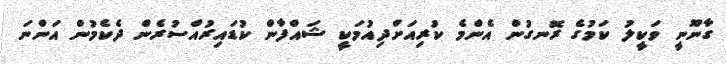
ގާނޫނީ ވަކީލު ކަމުގެ ރޮނގުން އެންމެ ކުރިއަށްދިއުމަކީ ޝައްފާން ކުޑައިރުއްސުރެން ދެކެމުން އަންނަ